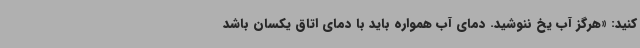
کنید: «هرگز آب یخ ننوشید. دمای آب همواره باید با دمای اتاق یکسان باشد